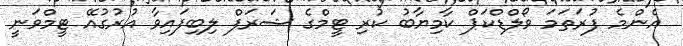
އެންމެ ފުރަތަމަ ވޯލްޑްކަޕް ކާމިޔާބު ކުރި ޓީމްގެ ޝަރަފް ލިބިފައިވާ އުރުގުއޭ ޓީމްވަނީ